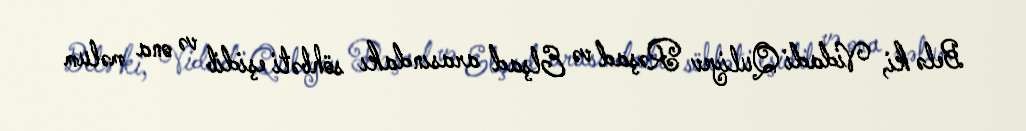
Belə ki, Vidadi Quliyev Rəşad və Elşad arasındakı söhbəti eşidib və ona məlum